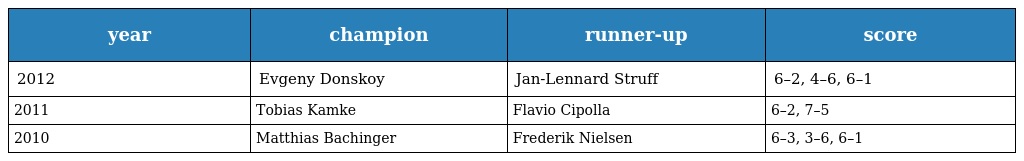
| year | champion | runner-up | score |
 | --- | --- | --- | --- |
 | 2012 | Evgeny Donskoy | Jan-Lennard Struff | 6–2, 4–6, 6–1 |
 | 2011 | Tobias Kamke | Flavio Cipolla | 6–2, 7–5 |
 | 2010 | Matthias Bachinger | Frederik Nielsen | 6–3, 3–6, 6–1 |